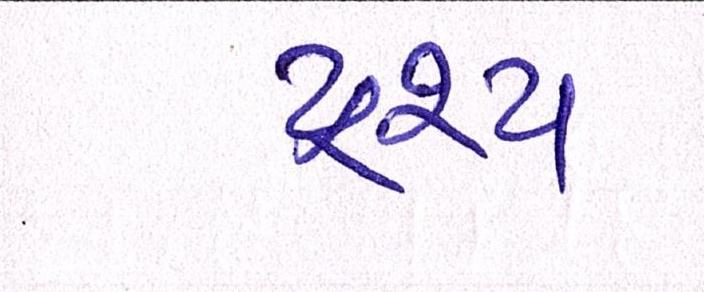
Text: દ્રશ્યઃ